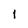
Character: 1